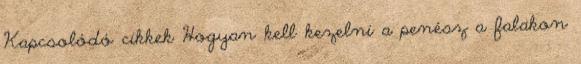
Kapcsolódó cikkek Hogyan kell kezelni a penész a falakon